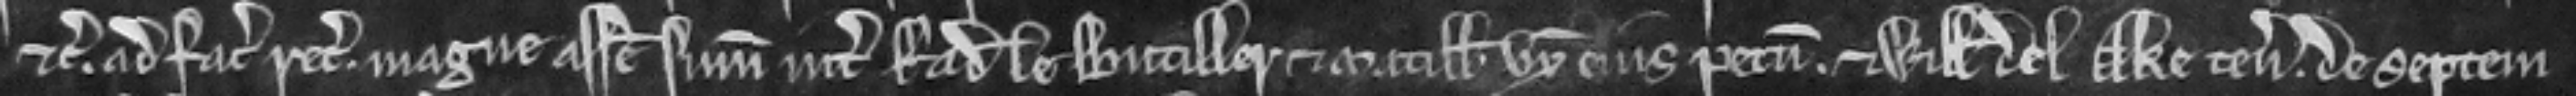
etc. ad faciendum recognicionem magne assise summonite inter Radulfum le Butiller et Matillidem uxorem ejus petentes et Willelmum del Ake tenentem de septem